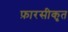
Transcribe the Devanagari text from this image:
फ़ारसीकृत